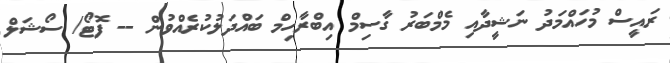
ރައީސް މުހައްމަދު ނަޝީދާއި މެމްބަރު ގާސިމް އިބްރާހިމް ބައްދަލުކުރެއްވުން -- ފޮޓޯ/ ސޯޝަލް